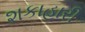
શકાહારી